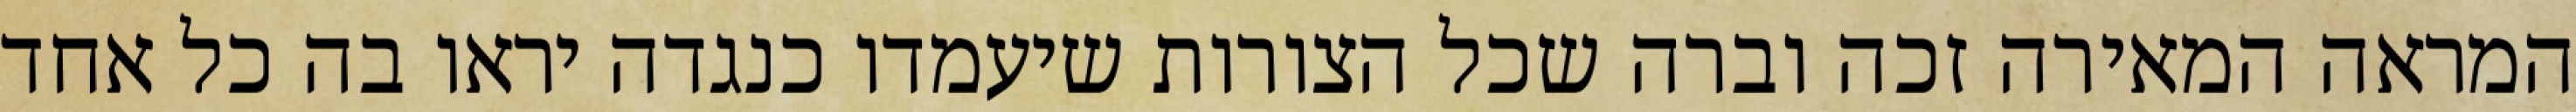
המראה המאירה זכה וברה שכל הצורות שיעמדו כנגדה יראו בה כל אחד